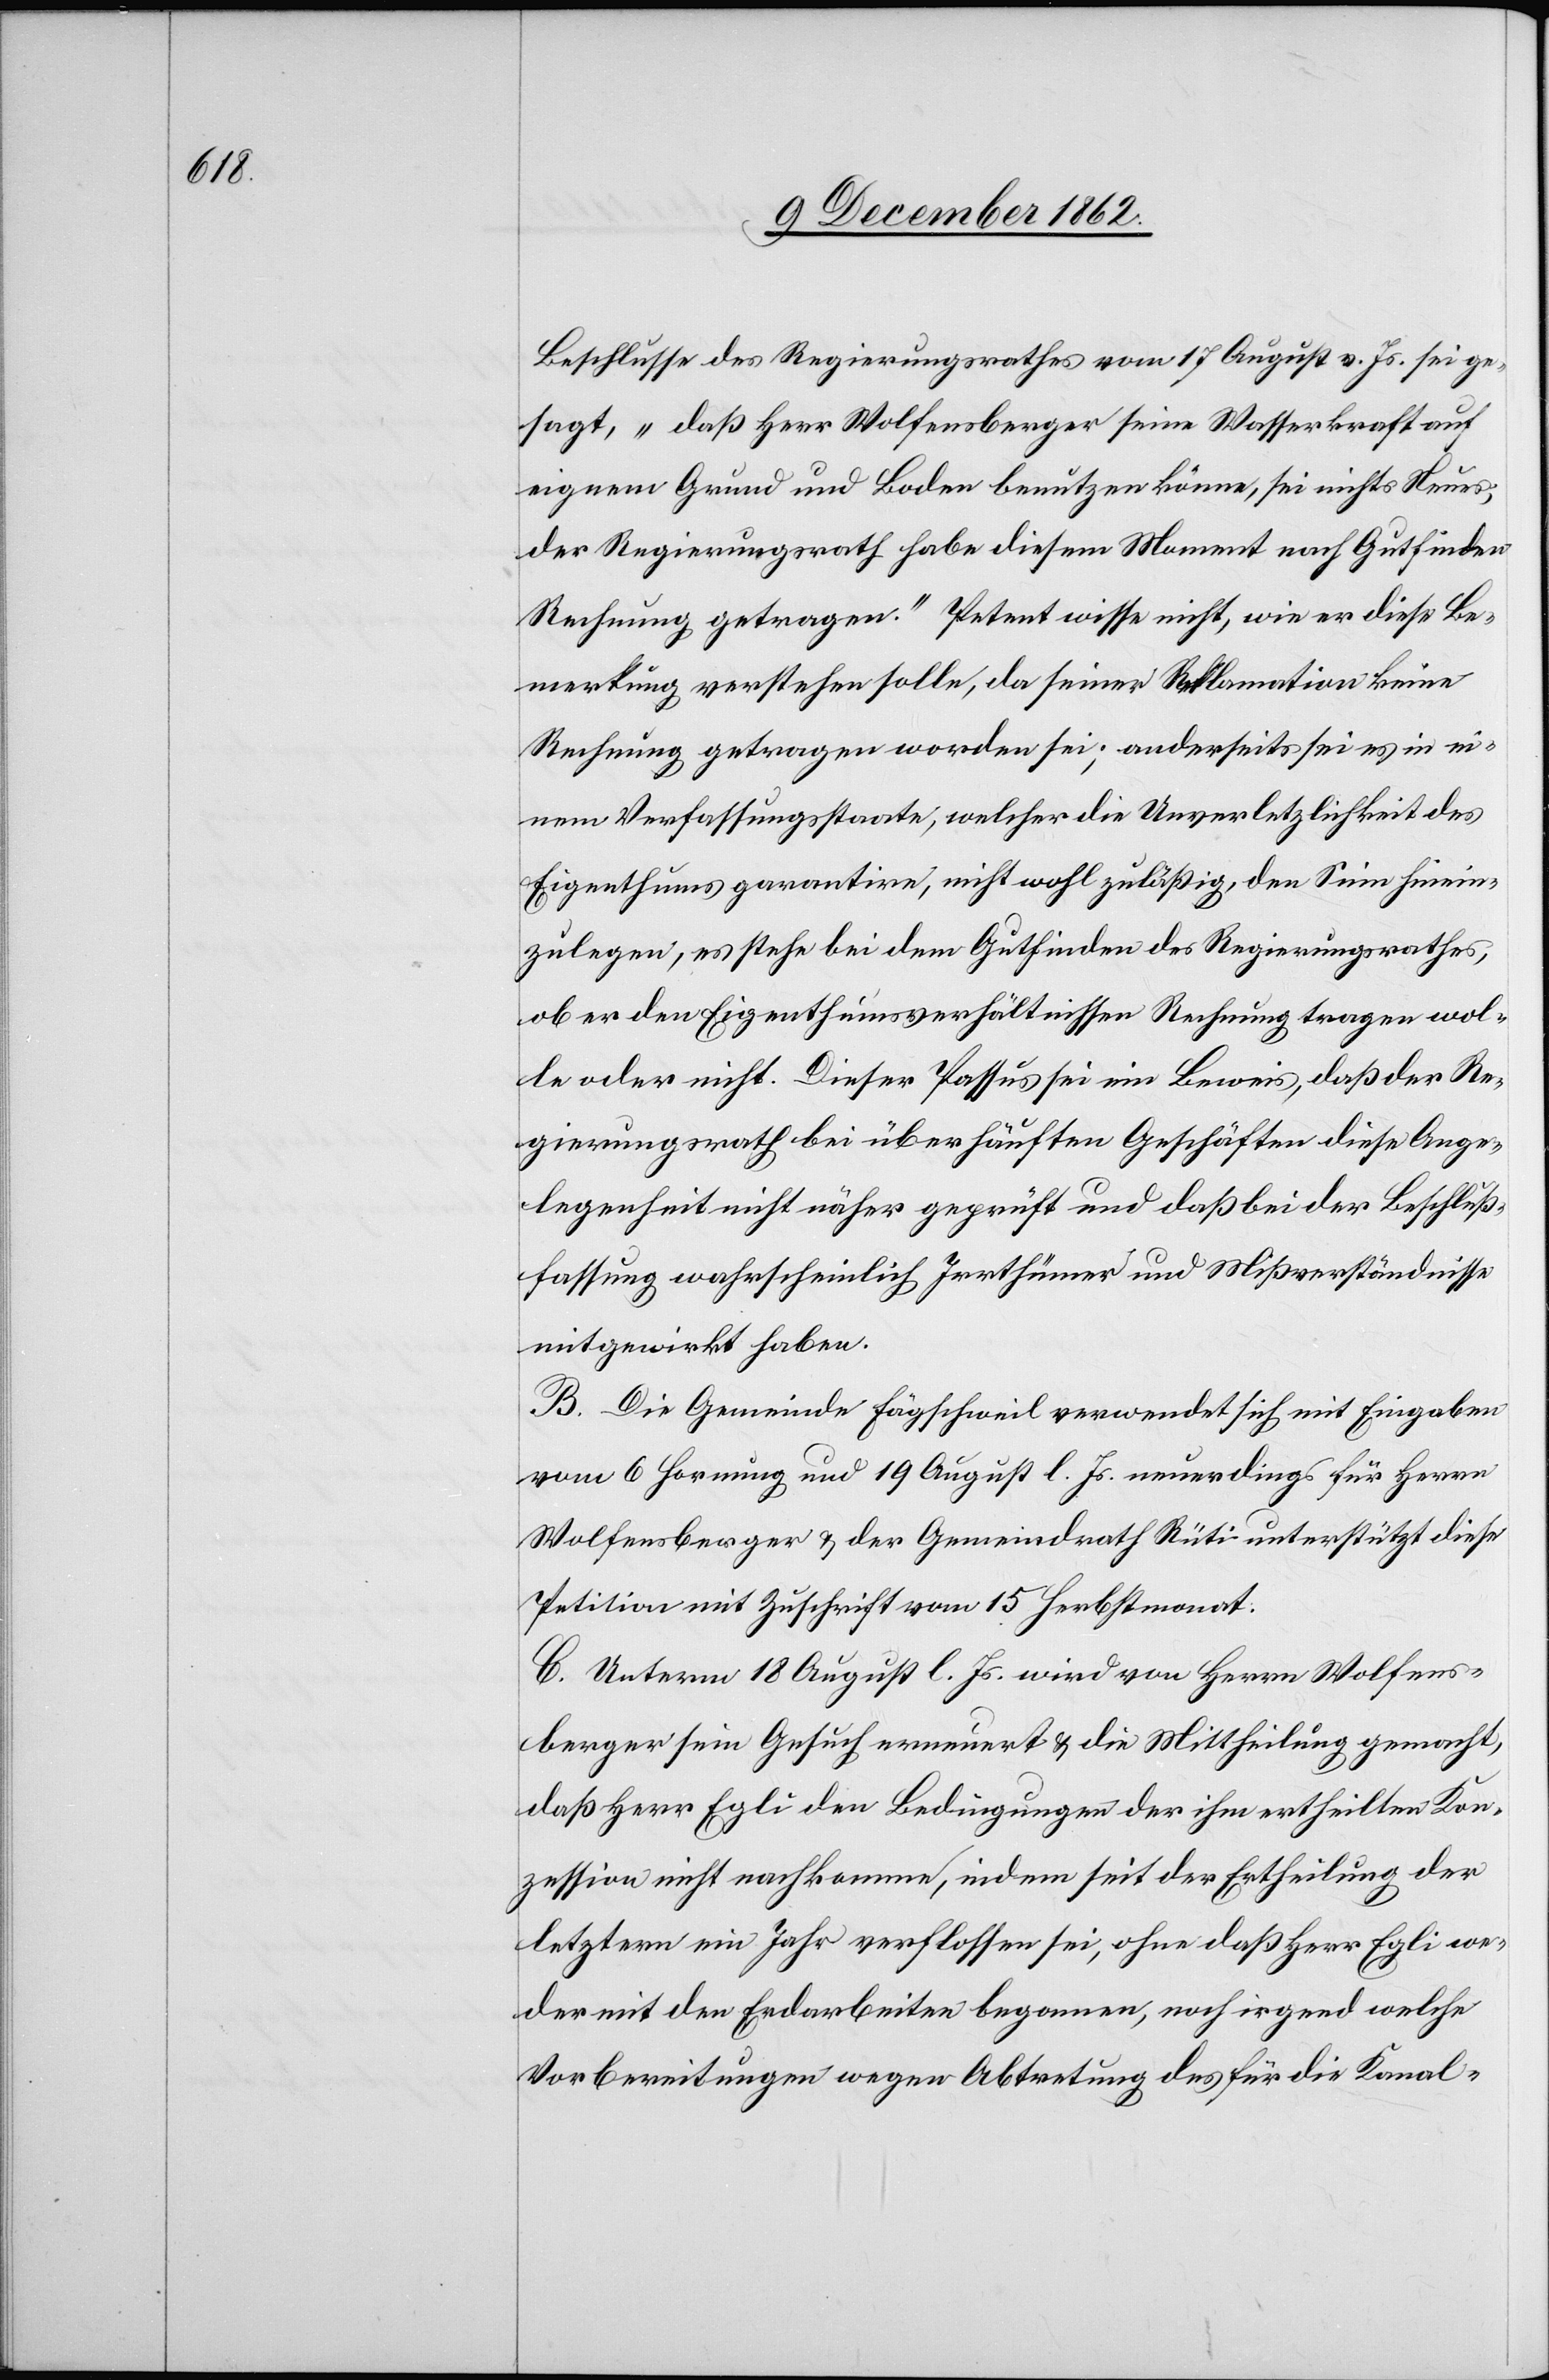
Beschlusse des Regierungsrathes vom 17. August v. Js. sei ge¬
sagt, „daß Herr Wolfensberger seine Wasserkraft auf
eignem Grund und Boden benutzen könne, sei nichts Neues,
der Regierungsrath habe diesem Moment nach Gutfinden
Rechnung getragen.“ Petent wisse nicht, wie er diese Be¬
merkung verstehen solle, da seiner Reklamation keine
Rechnung getragen worden sei; anderseits sei es in ei¬
nem Verfassungsstaate, welcher die Unverletzlichkeit des
Eigenthums garantire, nicht wohl zuläßig, den Sinn hinein¬
zulegen, es stehe bei dem Gutfinden des Regierungsrathes,
ob er den Eigenthumsverhältnissen Rechnung tragen wol¬
le oder nicht. Dieser Passus sei ein Beweis, daß der Re¬
gierungsrath bei überhäuften Geschäften diese Ange¬
legenheit nicht näher geprüft und daß bei der Beschluß¬
fassung wahrscheinlich Irrthümer und Mißverständnisse
mitgewirkt haben.
B. Die Gemeinde Fägschweil verwendet sich mit Eingaben
vom 6. Hornung und 19. August l. Js. neuerdings für Herrn
Wolfensberger u. der Gemeindrath Rüti unterstützt diese
Petition mit Zuschrift vom 15. Herbstmonat.
C. Unterm 18. August l. Js. wird von Herrn Wolfens¬
berger sein Gesuch erneuert u. die Mittheilung gemacht,
daß Herr Egli den Bedingungen der ihm ertheilten Kon¬
zession nicht nachkomme, indem seit der Ertheilung der
letztern ein Jahr verflossen sei, ohne daß Herr Egli we¬
der mit den Erdarbeiten begonnen, noch irgend welche
Vorbereitungen wegen Abtretung des für die Kanal-